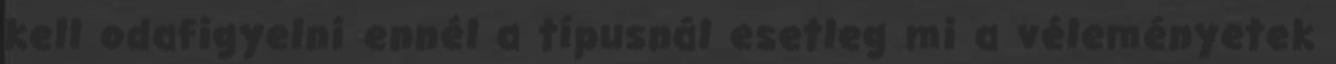
kell odafigyelni ennél a típusnál esetleg mi a véleményetek